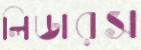
লিডারস